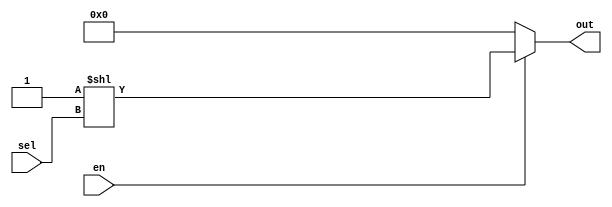
`timescale 1ns / 1ps
//////////////////////////////////////////////////////////////////////////////////
// Company: 
// Engineer: 
// 
// Design Name: 
// Module Name: Dmx2to4
// Project Name: 
// Target Devices: 
// Tool Versions: 
// Description: 
// 
// Dependencies: 
// 
// Revision:
// Revision 0.01 - File Created
// Additional Comments:
// 
//////////////////////////////////////////////////////////////////////////////////


module Dmx2to4(
    input [1:0] sel,
    input en,
    output [3:0] out
  );
  
  assign out[3:0] = (en) ? (1 << sel[1:0]) : 4'h0;
  
endmodule